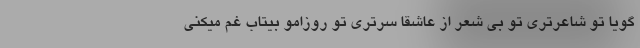
گویا تو شاعرتری تو بی شعر از عاشقا سرتری تو روزامو بیتابِ غم میکنی